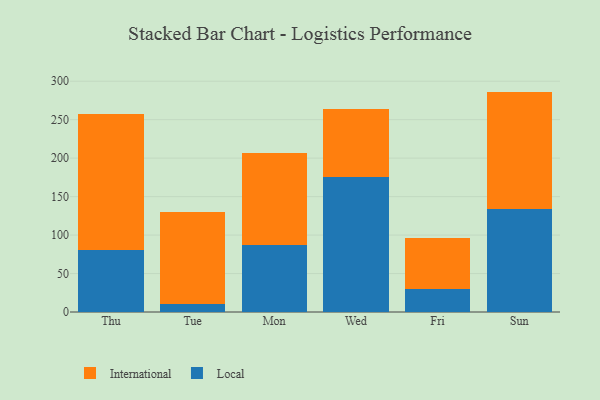
{"axis": {"x": "Day", "y": "Tickets Resolved"}, "legend": ["International", "Local"], "data": [{"x": "Thu", "y": 81.1, "type": "Local"}, {"x": "Thu", "y": 175.9, "type": "International"}, {"x": "Tue", "y": 10.8, "type": "Local"}, {"x": "Tue", "y": 119.5, "type": "International"}, {"x": "Mon", "y": 87.6, "type": "Local"}, {"x": "Mon", "y": 118.7, "type": "International"}, {"x": "Wed", "y": 175.1, "type": "Local"}, {"x": "Wed", "y": 88.3, "type": "International"}, {"x": "Fri", "y": 30.0, "type": "Local"}, {"x": "Fri", "y": 66.5, "type": "International"}, {"x": "Sun", "y": 133.8, "type": "Local"}, {"x": "Sun", "y": 152.7, "type": "International"}]}